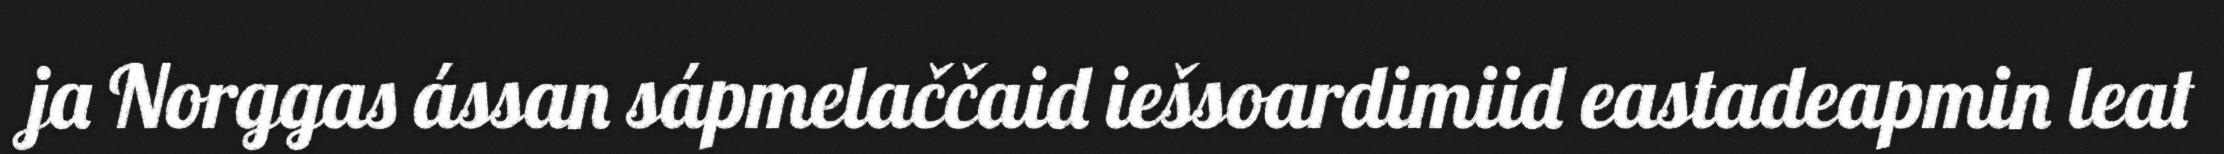
ja Norggas ássan sápmelaččaid iešsoardimiid eastadeapmin leat